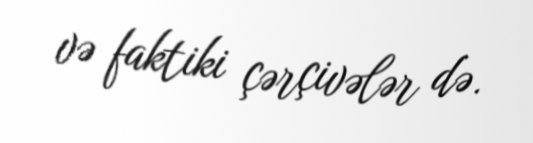
və faktiki çərçivələr də.